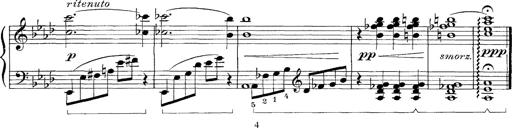
Title: FÃ¼nf KlavierstÃ¼cke
Composer: Franz Liszt